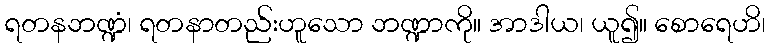
ရတနဘဏ္ဍံ၊ ရတနာတည်းဟူသော ဘဏ္ဍာကို။ အာဒါယ၊ ယူ၍။ စောရေဟိ၊